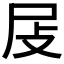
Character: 𡰵